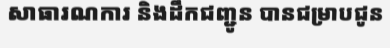
សាធារណការ និងដឹកជញ្ជូន បានជម្រាបជូន